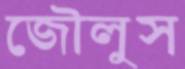
জৌলুস